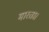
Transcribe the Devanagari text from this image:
मारता।